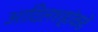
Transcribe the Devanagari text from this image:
आदिलशहांकडे